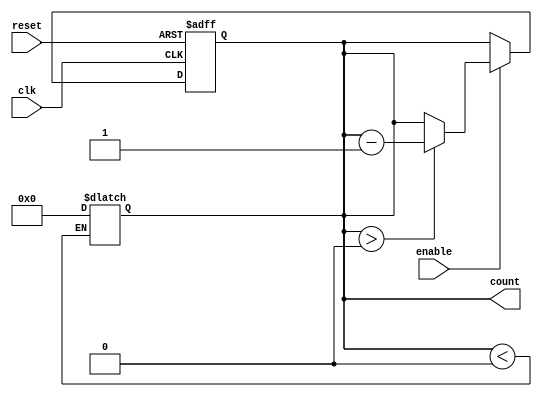
module MemoryBlocksDownCounter (
    input wire clk,        // Clock signal
    input wire reset,      // Asynchronous reset signal
    input wire enable,     // Control signal to enable counting down
    output reg [3:0] count // Current count value (4-bit)
);

    // Define the initial value of the counter
    parameter INITIAL_VALUE = 4'b1111; // Starting from 15 for a 4-bit counter

    always @(posedge clk or posedge reset) begin
        if (reset) begin
            // On reset, load the counter with the initial value
            count <= INITIAL_VALUE;
        end else if (enable) begin
            // Decrement the counter if enable is high and count is greater than 0
            if (count > 0) begin
                count <= count - 1;
            end
            // If count is already 0, it remains 0 even if enabled
        end
    end

    // Optional: You can add a safeguard to prevent negative count
    always @* begin
        if (count < 0) begin
            count = 0; // Ensures that we don't go negative
        end
    end

endmodule